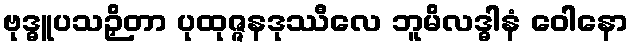
ဗုဒ္ဓူပသဉှိတာ ပုထုဇ္ဇနဒုဿီလေ ဘူမိလဒ္ဓါနံ ဝေါနော